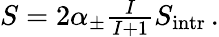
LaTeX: \begin{array}{r}{S=2\alpha_{\pm}\frac{I}{I+1}S_{\mathrm{{intr}}}\, .}\end{array}